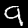
Label: 9